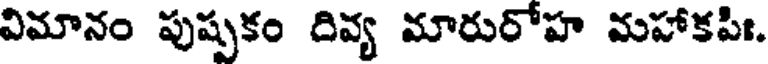
విమానం పుష్పకం దివ్య మారురోహ మహాకపిః.